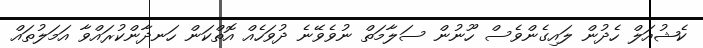
ކެޝުއަލް ހެދުން ލައިގެންވެސް ހޫނުން ސަލާމަތް ނުވެވޭނެ ދުވަހެއް އޮތްކަން ހަނދާންކުރައްވާ އަމަލުތައް